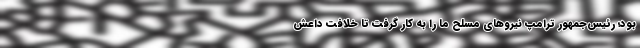
بود؛ رئیس‌جمهور ترامپ نیروهای مسلح ما را به کار گرفت تا خلافت داعش